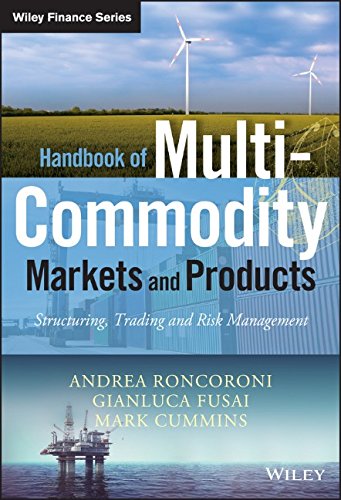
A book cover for Handbook of Multi-Commodity Markets and Products: Structuring, Trading and Risk Management (The Wiley Finance Series); Andrea Roncoroni; Business & Money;